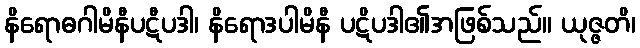
နိရောဓဂါမိနီပဋီပဒါ၊ နိရောဒပါမိနီ ပဋိပဒါ၏အဖြစ်သည်။ ယုဇ္ဇတိ၊